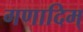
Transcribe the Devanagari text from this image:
गणादिम्